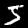
Label: 5